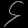
Digit: ၄